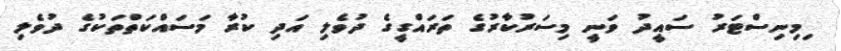
ިމިނިސްޓަރު ސައީދު ވަނީ މިސަރުކާރުގެ ތަރައްގީގެ ދުވެލި އަދި ކުރާ މަސައްކަތްތަކުގެ ދުވެލި